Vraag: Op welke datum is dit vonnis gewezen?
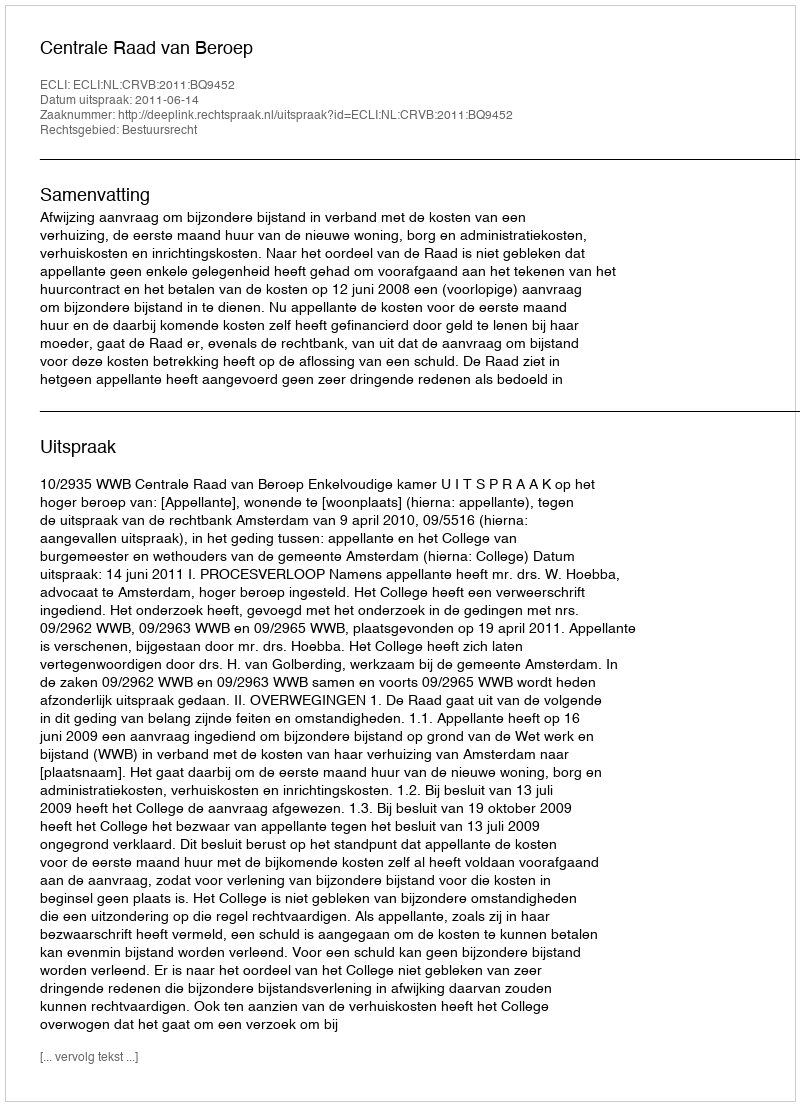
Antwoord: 2011-06-14